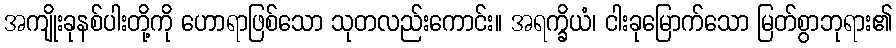
အကျိုးခုနစ်ပါးတို့ကို ဟောရာဖြစ်သော သုတလည်းကောင်း။ အရက္ခိယံ၊ ငါးခုမြောက်သော မြတ်စွာဘုရား၏